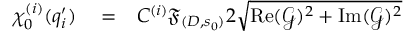
\begin{array} { r l r } { \chi _ { 0 } ^ { ( i ) } ( q _ { i } ^ { \prime } ) } & { { } = } & { C ^ { ( i ) } \mathfrak { F } _ { ( D , s _ { 0 } ) } 2 \sqrt { \operatorname { R e } ( \mathcal { G } ) ^ { 2 } + \operatorname { I m } ( \mathcal { G } ) ^ { 2 } } } \end{array}